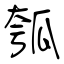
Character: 瓠